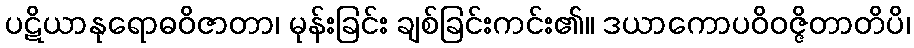
ပဋိယာနုရောဓဝိဇာတာ၊ မုန်းခြင်း ချစ်ခြင်းကင်း၏။ ဒယာကောပဝိဝဇ္ဇိတာတိပိ၊